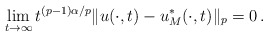
\begin{align*}\lim_{t\to\infty} t^{(p-1)\alpha/p}\|u(\cdot,t)-u^*_M(\cdot,t)\|_p=0\,.\end{align*}